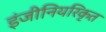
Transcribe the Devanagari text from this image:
इंजीनियरिकृत